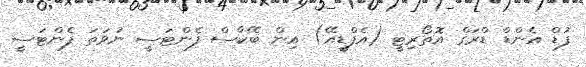
ފުޑް އެންޑް ޑްރަގް އޮތޯރިޓީ (އެފްޑީއޭ) އިން ބޭކާސް ފެންޓަސީ ނުވަތަ ފެންޓަސީ